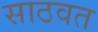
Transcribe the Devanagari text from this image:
साठवत